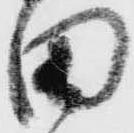
田